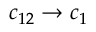
c _ { 1 2 } \to c _ { 1 }